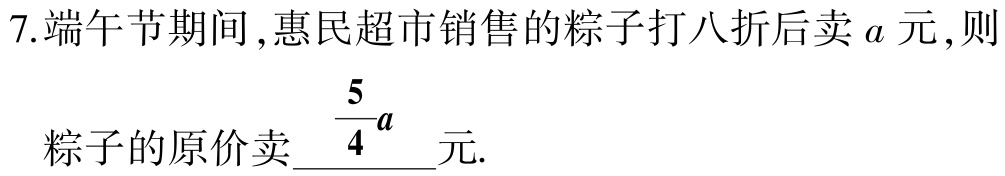
7.端午节期间，惠民超市销售的粽子打八折后卖\(a\)元，则

粽子的原价卖\(\dfrac{5}{4}a\)元.